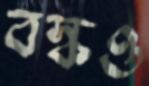
বস্কও